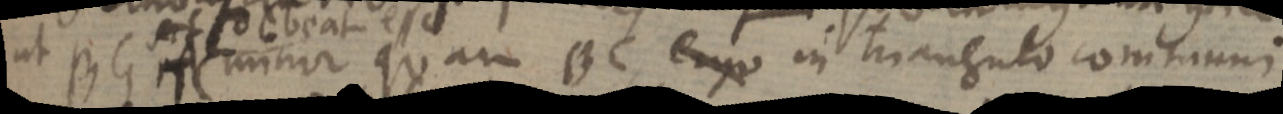
ut BG minor quam BC ergo in triangulo continuari